Leaving Certificate Examination, 1912
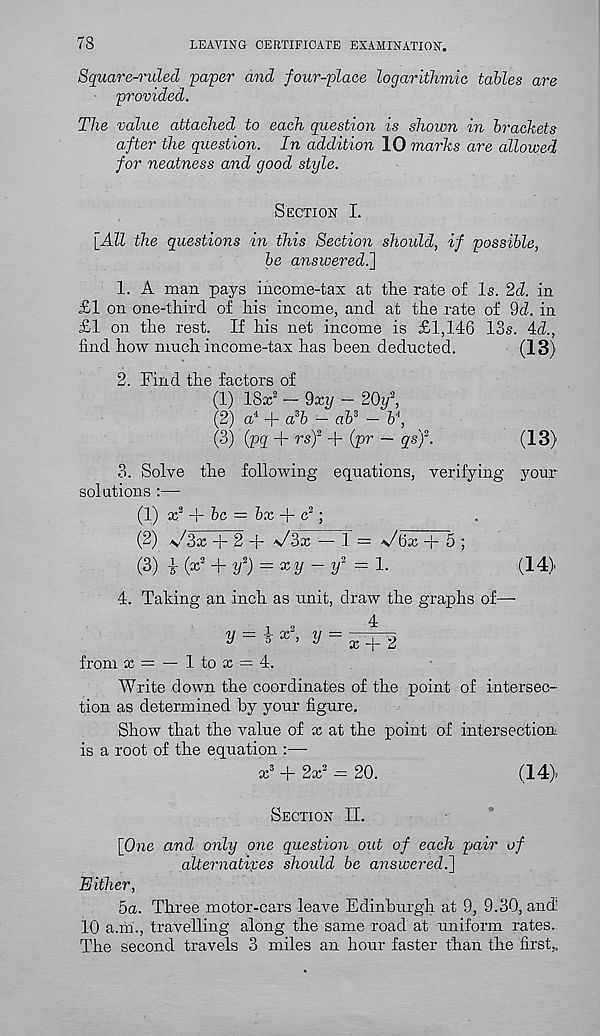
78
LEAVING CERTIFICATE EXAMINATION.
Square-ruled paper and four-place logarithmic tables are
provided.
The value attached to each question is shown in brackets
after the question. In addition 10 marks are allowed
for neatness and good style.
Section I.
[All the questions in this Section should, if possible,
be answered.}
1. A man pays income-tax at the rate of Is. 2d. in
£1 on one-third of his income, and at the rate of 9d. in
£1 on the rest. If his net income is £1,146 13s. 4d.,
find how much income-tax has been deducted.
(13)
2. Find the factors of
(1) 18x 2 - 9xy - 20y\
(2) a 4 + a 3 b - ab* - b 4 ,
(3) (pq + rsf + (pr - qs'f.
(13)
3. Solve the following equations, verifying your
solutions :—
(1) jc 2 -f &c =
+ c 2 ;
(2) a/3x + 2 -j- v/3x — 1 = -s/fix + 5 ;
(3) i (x 2 +/) = xy - ?/ 2 = 1.
(14)
4. Taking an inch as unit, draw the graphs of—
y = ix\ y =
from x = — 1 to x = 4.
Write down the coordinates of the point of intersec-
tion as determined by your figure.
Show that the value of x at the point of intersection
is a root of the equation :—
x 3 + 2x 2 - 20.
(14>
Section II.
[One and only one question out of each pair of
alternatives should be answered.}
Either,
5a. Three motor-cars leave Edinburgh at 9, 9.30, and:
10 a.m., travelling along the same road at uniform rates.
The second travels 3 miles an hour faster than the first,.